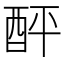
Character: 𨠟